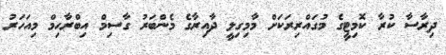
ދިރާސާ ކުރާ ކޮމިޓީގެ މުގައްރިރަކަށް މާމިގިލީ ދާއިރާގެ މެންބަރު ގާސިމް އިބްރާހިމް މިއަހަރު